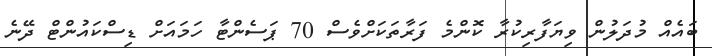
ބައެއް މުދަލުން ވިޔަފާރިކުރާ ކޮންމެ ފަރާތަކަށްވެސް 70 ޕަސެންޓާ ހަމައަށް ޑިސްކައުންޓް ދޭނެ